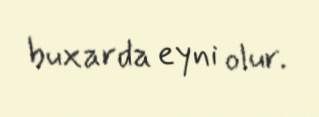
buxarda eyni olur.